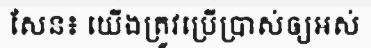
សែន៖ យើងត្រូវប្រើប្រាស់ឲ្យអស់